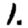
Digit: 1